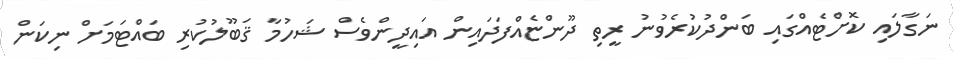
ނަގާލައި ކޮށްޓެއްގައި ބަންދުކުރެވުނު ރީތި ދޫންޏެއްފަދައިން އައިދީންވެސް ޝަހުމާ ޤަބޫލުކުރި ބައްޓަމަށް ނިކަން